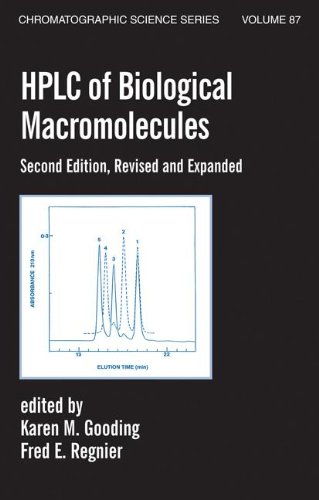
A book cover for Hplc Of Biological Macro- Molecules, Revised And Expanded (Chromatographic Science); Science & Math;